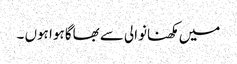
میں مکھنانوالی سے بھاگا ہوا ہوں ۔